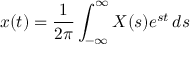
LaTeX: x ( t ) = { \frac { 1 } { 2 \pi } } \int _ { - \infty } ^ { \infty } X ( s ) e ^ { s t } \, d s